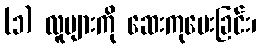
(၁) လူများကို ဆေးကုပေးခြင်း၊